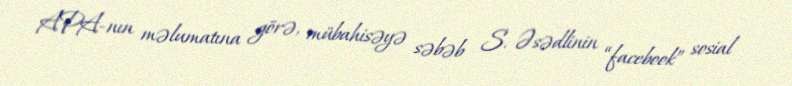
APA-nın məlumatına görə, mübahisəyə səbəb S. Əsədlinin “facebook” sosial